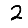
Digit: 2